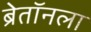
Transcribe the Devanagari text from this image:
ब्रेतॉनला